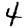
Digit: 4